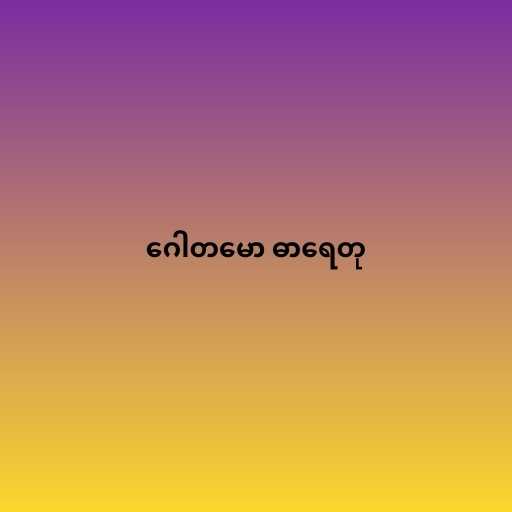
ဂေါတမော ဓာရေတု